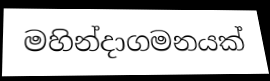
මහින්දාගමනයක්